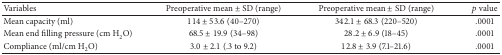
| Variables | Preoperative mean ± SD (range) | Preoperative mean ± SD (range) | p value |
 | --- | --- | --- | --- |
 | Mean capacity (ml) | 114 ± 53.6 (40–270) | 342.1 ± 68.3 (220–520) | .0001 |
 | Mean end filling pressure (cm H2O) | 68.5 ± 19.9 (34–98) | 28.2 ± 6.9 (18–45) | .0001 |
 | Compliance (ml/cm H2O) | 3.0 ± 2.1 (.3 to 9.2) | 12.8 ± 3.9 (7.1–21.6) | .0001 |